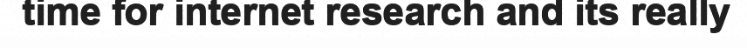
time for internet research and its really